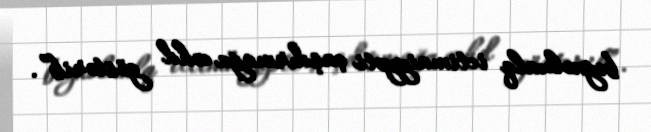
beynəlxalq ictimaiyyəti çaşdırmağa cəhd göstərib”.